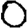
Digit: 0